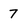
Character: 7